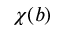
\chi ( b )